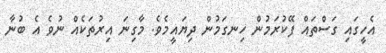
އެހީގައި ގަސްތައް ފޭކުރަމުން ހިނގަމުން ދިޔައީމެވެ. މާގިނަ އިރުތަކެއް ނުވެ އެ ބުނާ